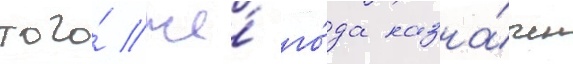
того́ же́ го́да назна́чен